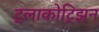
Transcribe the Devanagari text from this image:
ट्लाकोट्झिन